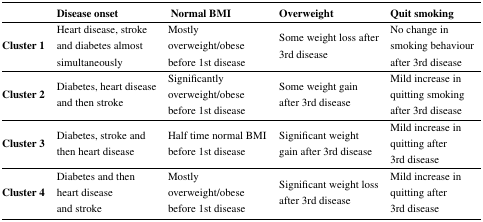
<table><thead><tr><td></td><td><b>Disease onset</b></td><td><b>Normal BMI</b></td><td><b>Overweight</b></td><td><b>Quit smoking</b></td></tr></thead><tbody><tr><td><b>Cluster 1</b></td><td>Heart disease, stroke and diabetes almost simultaneously</td><td>Mostly overweight/obese before 1st disease</td><td>Some weight loss after 3rd disease</td><td>No change in smoking behaviour after 3rd disease</td></tr><tr><td><b>Cluster 2</b></td><td>Diabetes, heart disease and then stroke</td><td>Significantly overweight/obese before 1st disease</td><td>Some weight gain after 3rd disease</td><td>Mild increase in quitting smoking after 3rd disease</td></tr><tr><td><b>Cluster 3</b></td><td>Diabetes, stroke and then heart disease</td><td>Half time normal BMI before 1st disease</td><td>Significant weight gain after 3rd disease</td><td>Mild increase in quitting after 3rd disease</td></tr><tr><td><b>Cluster 4</b></td><td>Diabetes and then heart disease and stroke</td><td>Mostly overweight/obese before 1st disease</td><td>Significant weight loss after 3rd disease</td><td>Mild increase in quitting after 3rd disease</td></tr></tbody></table>